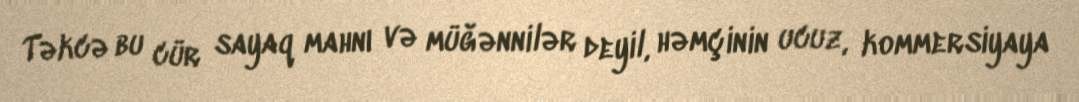
Təkcə bu cür sayaq mahnı və müğənnilər deyil, həmçinin ucuz, kommersiyaya